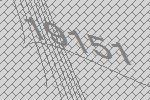
19151